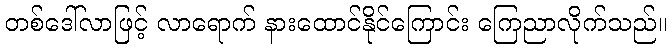
တစ်ဒေါ်လာဖြင့် လာရောက် နားထောင်နိုင်ကြောင်း ကြေညာလိုက်သည်။